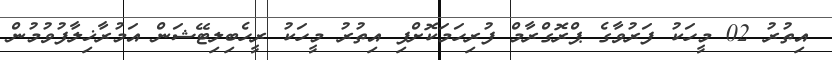
އިތުރު 02 މީހަކު ފަރުވާގެ ޕްރޮގްރާމް ފުރިހަމަކޮށްފި އިތުރު މީހަކު ރީހެބިލިޓޭޝަން އަމުރާޚިލާފުވުމުން